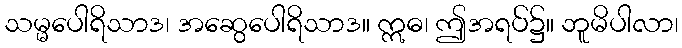
သမ္မပေါရိသာဒ၊ အဆွေပေါရိသာဒ။ ဣဓ၊ ဤအရပ်၌။ ဘူမိပါလာ၊